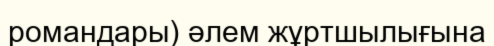
романдары) әлем жұртшылығына